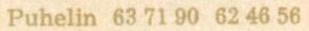
Puhelin 63 71 90  62 46 56